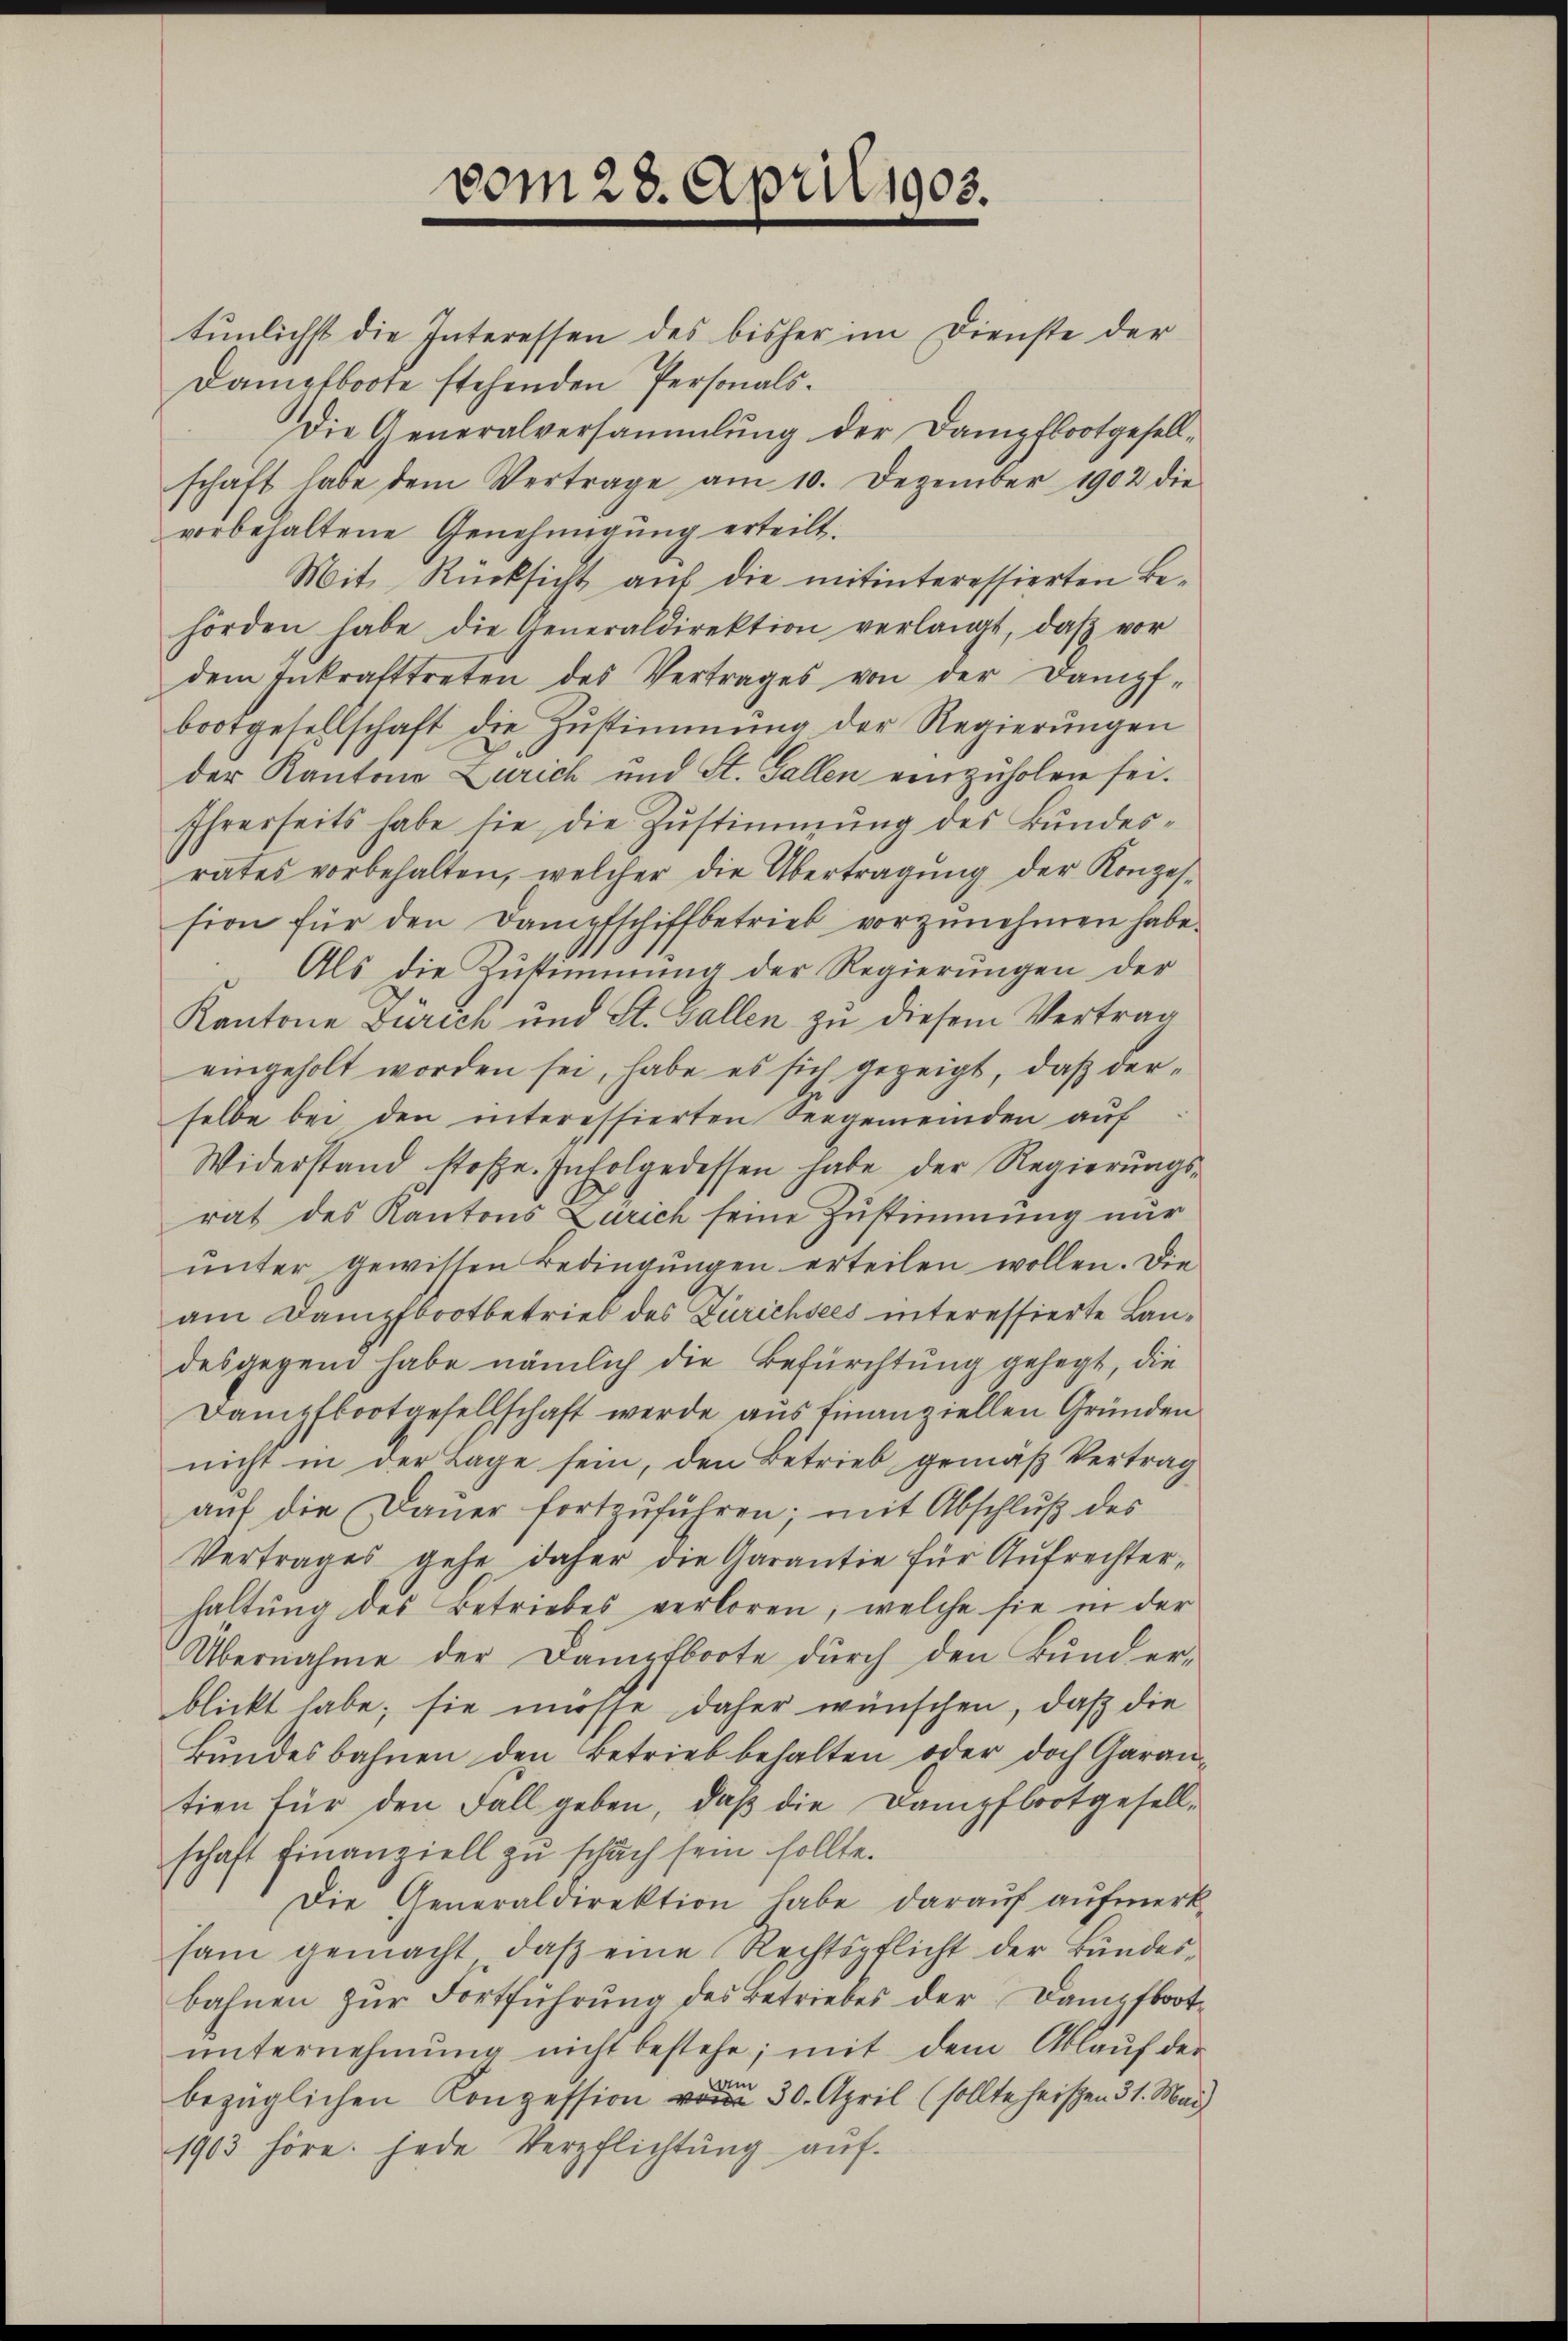
vom 28. April 1903.
tunlichst die Interessen des bisher im Dienste der

Dampfboote stehenden Personals.
Die Generalversammlung der Dampfbootgesellschaft habe dem Vertrage am 10. Dezember 1902 die
vorbehaltene Genehmigung erteilt.
Mit Rücksicht auf die mitinteressierten Behörden habe die Generaldirektion verlangt, daβ vor
dem Inkrafttreten des Vertrages von der Dampf-
bootgesellschaft die Zŭstimmung der Regierŭngen
der Kantons Zürich und St. Gallen einzuholen sei.
Ihrerseits habe sie die Zustimmung des Bundesrates vorbehalten, welcher die Übertragung der Konzession für den Dampfschiffbetrieb vorzŭnehmen habe.
Als die Zustimmung der Regierungen der
Kantone Zürich und St. Gallen zu diesem Vertrag
eingeholt worden sei, habe es sich gezeigt, daß derselbe bei den interessierten Seegemeinden auf
Widerstand stoffe. In Folgedessen habe der Regierŭngs-
rat des Kantons Zürich seine Zustimmung nur
unter gewissen Bedingungen erteilen wollen. Die
am Dampfbootbetrieb des Zürichsees interessierte Landesgegend habe nämlich die Befürchtung gehegt, die
Dampfbootgesellschaft werde aŭs finanziellen Gründen
nicht in der Lage sein, den Betrieb gemäß Vertrag
auf die Dauer fortzuführen; mit Abschluß des
Vertrages gehe daher die Garantie für Aufrechterhaltung des Betriebes verloren, welche sie in der
Übernahme der Dampfboote durch den Bund er-
blickt habe; sie müsse daher wünschen, daß die
Bŭndesbahnen den Betrieb behalten oder doch Garan-
tien für den Fall geben, daß die Dampfbootgesellschaft finanziell zu schach sein sollte.
Die Generaldirektion habe darauf aufmerk-
sam gemacht, daβ eine Rechtspflicht der Bundes-
bahnen zŭr Fortführŭng des Betriebes der Dampfboot-
ŭnternehmung nicht bestehe; mit dem Ablaŭf der
in
bezüglichen Konzession vom 30. April (sollte heißen 31. Mai
1903 höre. Jede Verpflichtŭng aŭf-